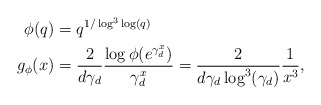
\begin{align*}\phi(q) &= q^{1/\log^3\log(q)}\\g_\phi(x) &= \frac{2}{d\gamma_d} \frac{\log\phi(e^{\gamma_d^x})}{\gamma_d^x} = \frac{2}{d\gamma_d\log^3(\gamma_d)}\frac{1}{x^3} ,\end{align*}